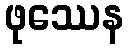
ဖုဿေန